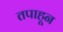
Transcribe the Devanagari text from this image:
तपाहून